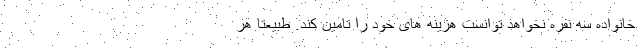
خانواده سه نفره نخواهد توانست هزینه های خود را تامین کند. طبیعتا هر